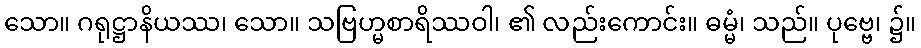
သော။ ဂရုဋ္ဌာနိယဿ၊ သော။ သဗြဟ္မစာရိဿဝါ၊ ၏ လည်းကောင်း။ ဓမ္မံ၊ သည်။ ပုဗ္ဗေ၊ ၌။